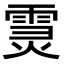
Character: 𩃏